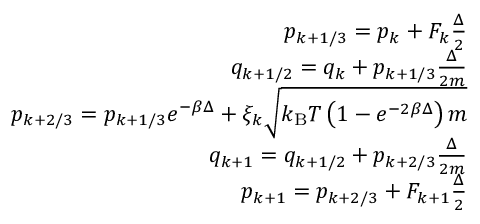
\begin{array} { r } { p _ { k + 1 / 3 } = p _ { k } + F _ { k } \frac { \Delta } { 2 } } \\ { q _ { k + 1 / 2 } = q _ { k } + p _ { k + 1 / 3 } \frac { \Delta } { 2 m } } \\ { p _ { k + 2 / 3 } = p _ { k + 1 / 3 } e ^ { - \beta \Delta } + \xi _ { k } \sqrt { k _ { \mathrm { B } } T \left( 1 - e ^ { - 2 \beta \Delta } \right) m } } \\ { q _ { k + 1 } = q _ { k + 1 / 2 } + p _ { k + 2 / 3 } \frac { \Delta } { 2 m } } \\ { p _ { k + 1 } = p _ { k + 2 / 3 } + F _ { k + 1 } \frac { \Delta } { 2 } } \end{array}